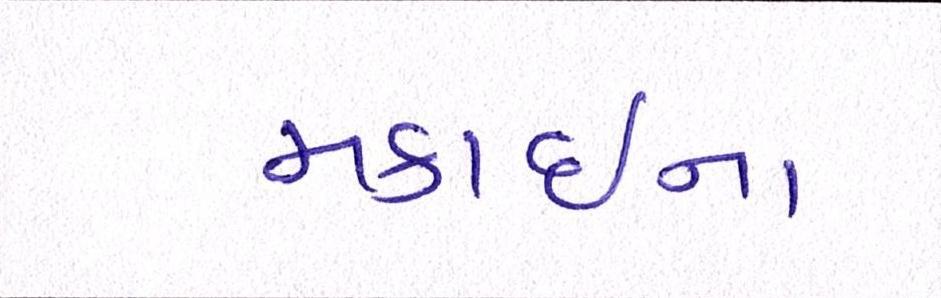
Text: મકાઈના